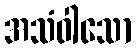
အသံဝါသော